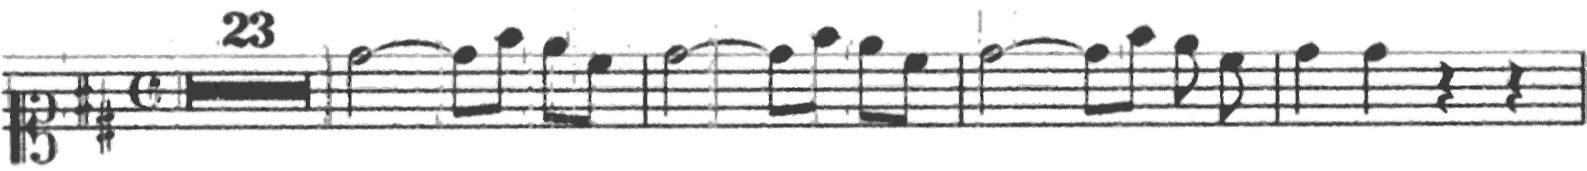
Transcription: clef-C1 keySignature-DM timeSignature-C multirest-23 barline note-D5_half tie note-D5_eighth note-F#5_eighth note-E5_eighth note-C#5_eighth barline note-D5_half tie note-D5_eighth note-F#5_eighth note-E5_eighth note-C#5_eighth barline note-D5_half tie note-D5_eighth note-F#5_eighth note-E5_eighth note-C#5_eighth barline note-D5_quarter note-D5_quarter rest-quarter rest-quarter barline